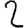
Digit: 2